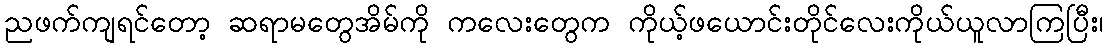
ညဖက်ကျရင်တော့ ဆရာမတွေအိမ်ကို ကလေးတွေက ကိုယ့်ဖယောင်းတိုင်လေးကိုယ်ယူလာကြပြီး၊